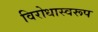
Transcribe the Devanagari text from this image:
विरोधास्वरूप